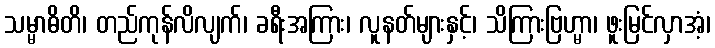
သမ္မာဓိတိ၊ တည်ကုန်လိလျက်၊ ခရီးအကြား၊ လူနတ်များနှင့်၊ သိကြားဗြဟ္မာ၊ ဖူးမြင်လှာအံ့၊